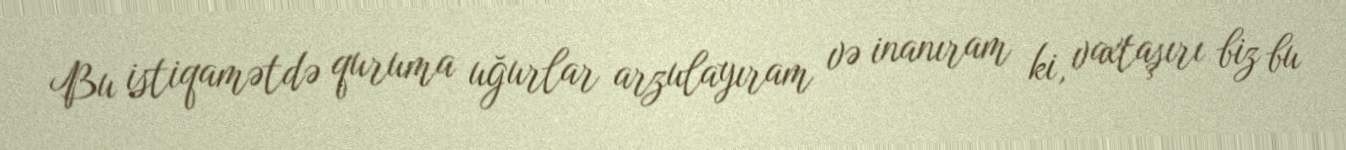
Bu istiqamətdə quruma uğurlar arzulayıram və inanıram ki, vaxtaşırı biz bu